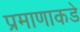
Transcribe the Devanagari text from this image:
प्रमाणाकडे